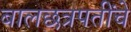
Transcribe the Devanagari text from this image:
बालछत्रपतींचे